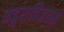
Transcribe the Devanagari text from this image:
मदुराविजयम्